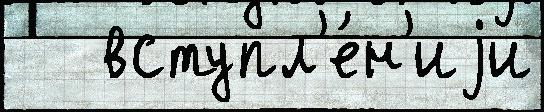
   вступл'е́н'иjи